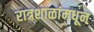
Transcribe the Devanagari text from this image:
रात्रशाळांमधून